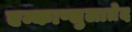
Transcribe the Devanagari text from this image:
एन्काप्सुलातेद